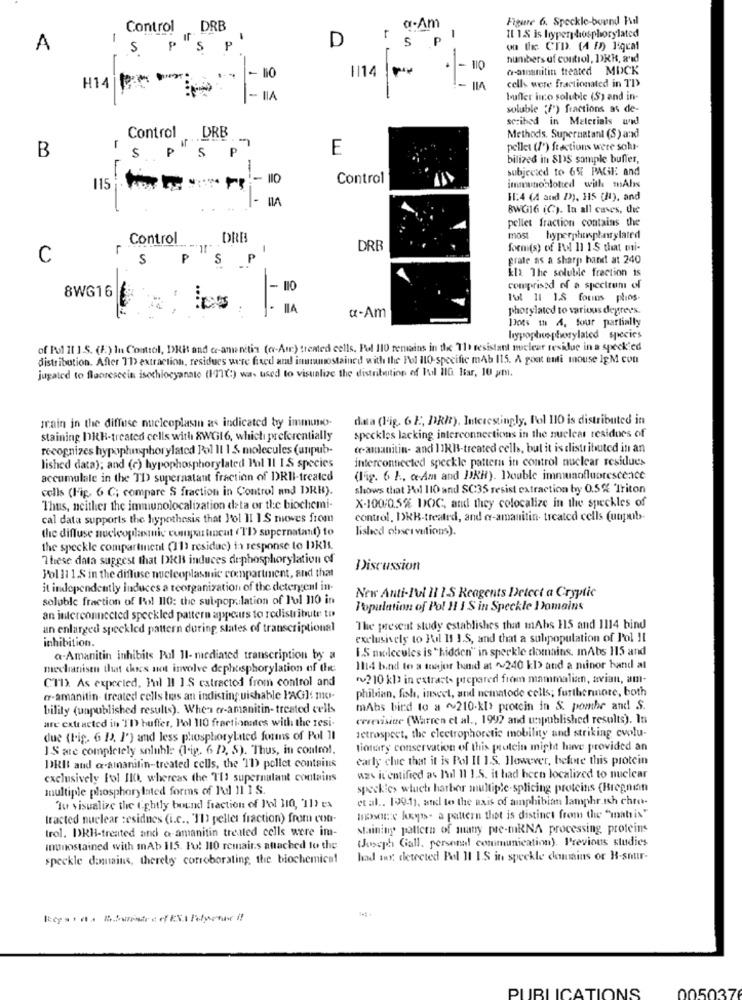
Figure 6. Speckle-bound Fil
Control DRB
a-Am
-
D
r
S
pl
Il 15 is hyperphosphorylated
A
S
S
P
o de CTD. (4 5) ]:qcal
-
numbers of control, DER, a'id
. - 110
G-annanitin treated MOCK
- 110
cells were fractionated in TD>
H14
114 +
- IIA
bufler ino soluble (S) and in-
soluble (f') fractions as de-
scribed in Melerials al
Control DRB
Methods. Supernatant (S) and
B
E
pellet (/') fractions were sokr-
SPSP
bilized in 81S sample buffer,
-
subjected to 6% PAGil and
Control
115
innwnoblotted with mAhs
11:4 (4 and D)), H5 (H), and
8WG16 (C). In all caves, the
pellet fraction contains the
Control
DRB
most hyperphosphnrylated
L
DRB
form(s) of Fol 11 15 that mui-
C
3.00
S
.P
grate as a sharp band at 240
En The solubile frection is
comprised of a spectrum of
8WG16
...
Til 11 1.8 fouins plios.
IIA
photylated to various degrees.
a-Am
Dots m A, four partially
liypophosphorylated species
of Pol 11 1.S. (f) In Control, DRit and ce-amenitia (cv-Am) treated cells, Pol 110 remains in the 71 resistant mclear residue in a speck'ed
distribution. After TD extraction, residues were fixed and inmemostained with the Pol IlO-specific mAb 115. A goat enti mnouse IEM con
jugated to fluorescein isochiocyanate (177(:) was used to visualize the distribution of Fl 11G Itar, 10 um.
train in the diffuse nucleoplasmn as indicated by immuno-
data (Fig. 6 E, DR#). Interestingly, Pol 110 is distributed in
staining DRH-treated cells with 8WG16, which preferentially
speckles lacking interconnections in the nuclear residues of
recognizes hypopłunphorylated Pol Il 1 5 molecules (unpub-
tr-amanitin- and 11KB-treated cells, but it is distributed in an
lished data); and (c) hypophosphorylated Pal Il IS species
interconnected speckle pattern in control nuclear residues
accumulale in the TD supernatant fraction of DRII-treated
(Fig. 6 }, c-Am and PRH). Double immunofluorescence
cells (Fig. 6 ℃; compare S fraction in Control and DRH).
shows that Pol 110 and SC:35 resist extraction by 0.5% 'Triton
Thus, neither the immunolocalization data or the biochemi-
X-100/0,5% DOC, and they colocalize in the speckles of
cal data supports the hypothesis that Jol II IS nues from
control, DRB-treated, and or-amanitin- treated cells (unpob>-
the diffuse nucleoplastic comparticut (Tl) supernatant) to
lished observations).
the speckle compartinent (11) residue) in response to DKI
These data suggest that DRI induces dephosphorylation of
Discussion
J'ol 11 1.S in the diffuse nucleoplasmic compartment, and that
it independently induces a reorganization of the detergent in-
soluble fraction of Rol 110: the sul-population of l'ol 110 in
New Anti-Ful 11 15 Reagents Detect a Cryptic
Population of Pol 11 I Sin Speckle Domains
an interconnected speckled pattern appears to redistribute to
an enlarged speckled pattern during states of transcriptional
The present study establishes that mAbs 115 and 1114 bind
inhibition.
exclusively to Fil 11 I.S, and that a subipopulation of Pol !!
1.5 molecules is " hidden" in speckle domains, mAbs 115 and
a.Amanitin inhibits Pol 11- mediated transcription by a
mechanisen thut chies not involve dephosphorylation of the
1114 band to a tuajor band at ~ 240 kb and a minor hand al
CTI). As expected, Pal Il ]S extractod from control and
"?10 kl) in extract- prepared from mammalian, avian, am-
phibian, fish, insect, and nematode cells; furthermore, both
w-amanitin- treated cells bras an indistinguishable PAG]: m10-
bility (unpublished results). When er-amanitin- treated cells
mAbs bird to a ~210-kI> protein in &. pombe and S.
cerevisite (Warren et al ., 1992 and unpublished results). In
are extracted in TO buffer, Pol 110 fractionates with the resi-
retrospect, the electrophoretic mobility and striking cvolu-
due (Fig. 6 1), J') and less phosphorylanted forms of Pol 11
1 S are completely soluble (lig. 6 D), S). Thus, in control.
tionary conservation of this protein might have provided an
early clue that it is Pol Il 1.S. However, before this protein
DRIt and @-amanifin-treated cells, the 'ID) pellet contains
exclusively Fol IlCh, whereas the TU1 supernulant contains
was it'entified as hul 11 1.5. it had been localized to nuclear
multiple phosphorylated forms of Pol 11 1 S.
speckic> whuet harbor multiple-splicing proteins (Bregnin
et al ., 199-11, and to the axis of amphibian lamphr.ish chro-
Tu visualize the tightly bound fraction of Pol H0, 11} ex
tracted nuclear :esidnes (i.c ., 11) pellet fraction) from con-
mosaic knyp- a pattern that is distinct from the "matrix"
trol. DRH-treated and a amanitin treated cells were im-
staining pattern of many pre-mkNA processing, proteins
WJoseph Gall. persend communication). Previous studies
Inunostained with mAb 115. Fu! 110 remains attached to the
speckle domains, thereby corroborating, the biochemical
had iny, detected Pel 11 I.S in speckle domains or B-snur-
0050376
PUBLICATIONS